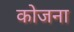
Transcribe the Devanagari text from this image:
कोजना